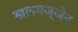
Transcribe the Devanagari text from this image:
खलयज्ञेन